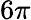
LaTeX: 6\pi